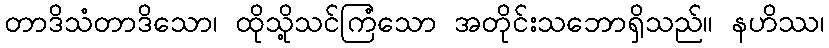
တာဒိသံတာဒိသော၊ ထိုသို့သင်ကြံသော အတိုင်းသဘောရှိသည်။ နဟိဿ၊